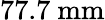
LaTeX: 77.7\ \mathrm{mm}